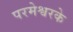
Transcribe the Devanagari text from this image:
परमेश्वरके